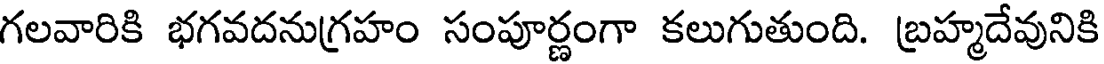
గలవారికి భగవదనుగ్రహం సంపూర్ణంగా కలుగుతుంది. బ్రహ్మదేవునికి